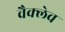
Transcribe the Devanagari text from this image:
वैक्लेव